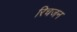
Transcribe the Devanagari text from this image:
रिचजन